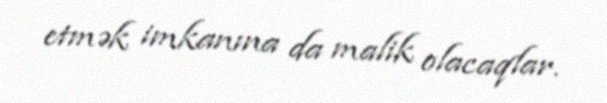
etmək imkanına da malik olacaqlar.